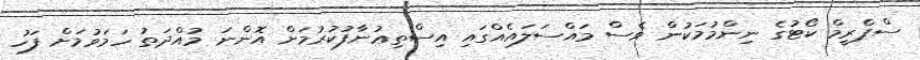
ސްޕްރީމް ކޯޓުގެ ނިންމުމަކުން ވެސް މައްސަލައެއްގައި އިސްތިޢުނާފުކުރުމަށް އޮންނަ މުއްދަތު ހަމަވުމަށް ފަހު